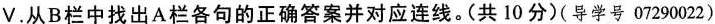
V.从B栏中找出A栏各句的正确答案并对应连线。(共 10分(导学号 07290022)